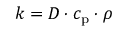
k = D \cdot c _ { \mathrm { p } } \cdot \rho